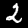
Digit: 2